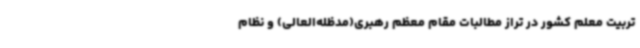
تربیت معلم کشور در تراز مطالبات مقام معظم رهبری(مدظله‌العالی) و نظام